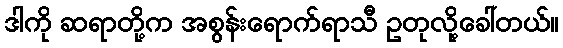
ဒါကို ဆရာတို့က အစွန်းရောက်ရာသီ ဥတုလို့ခေါ်တယ်။